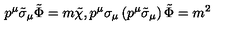
p ^ { \mu } \tilde { \sigma } _ { \mu } \tilde { \Phi } = m \tilde { \chi } , p ^ { \mu } \sigma _ { \mu } \left( p ^ { \mu } \tilde { \sigma } _ { \mu } \right) \tilde { \Phi } = m ^ { 2 }